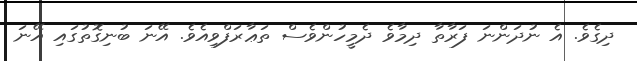
ދިގެވެ. އެ ނުދަންނަ ފަރާތާ ދިމާވެ ދެމީހުންވެސް ތަޢާރަފްވިއެވެ. އޭނަ ބުނިގޮތުގައި އޭނަ